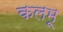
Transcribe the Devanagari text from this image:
कलमू